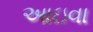
આઇવા